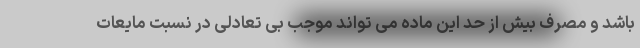
باشد و مصرف بیش از حد این ماده می تواند موجب بی تعادلی در نسبت مایعات